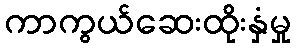
ကာကွယ်ဆေးထိုးနှံမှု